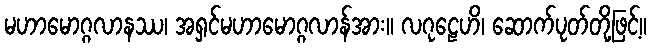
မဟာမောဂ္ဂလာနဿ၊ အရှင်မဟာမောဂ္ဂလာန်အား။ လဂုဠေဟိ၊ ဆောက်ပုတ်တို့ဖြင့်။